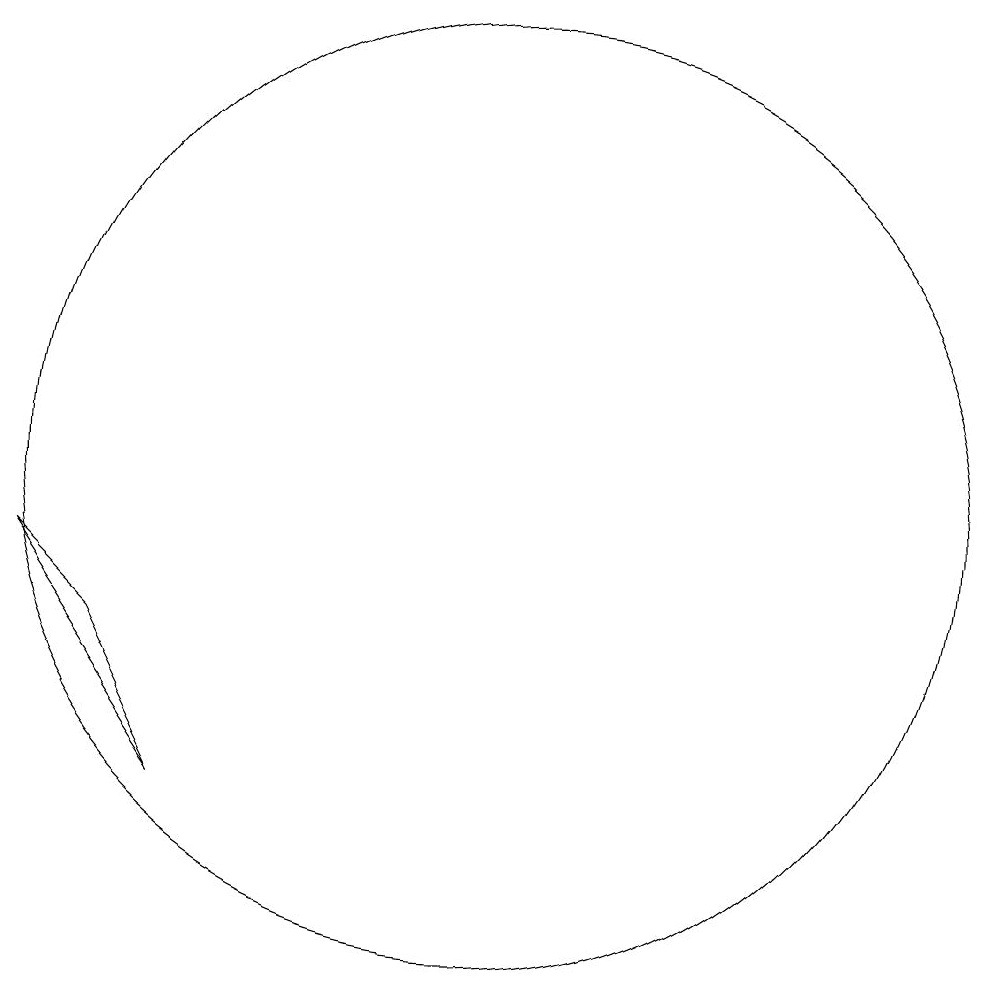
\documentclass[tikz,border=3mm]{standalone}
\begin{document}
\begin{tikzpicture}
\draw (10,10) circle (0);
\draw (11,10) circle (6);
\draw (6,8) -- (5,9) -- (7,6) -- cycle;
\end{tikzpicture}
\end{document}